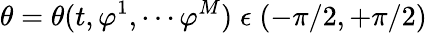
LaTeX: \theta=\theta(t,\varphi^{1},\cdots\varphi^{M})\; \epsilon\; (-\pi/2,+\pi/2)